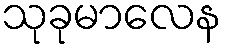
သုခုမာလေန